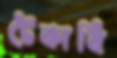
টেকাবি